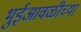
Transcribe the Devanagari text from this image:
भुईआवळीच्या